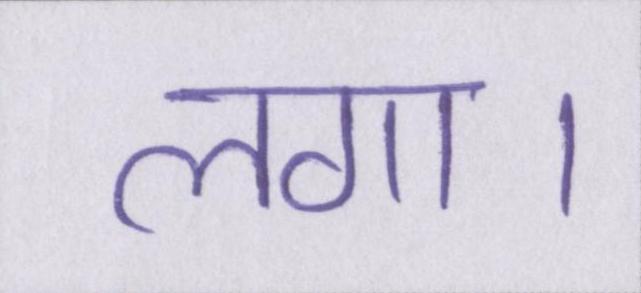
लगा।